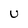
Character: U